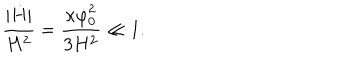
{ \frac { | \dot { H } | } { H ^ { 2 } } } = { \frac { \kappa \dot { \varphi } _ { 0 } ^ { 2 } } { 3 H ^ { 2 } } } \ll 1 .